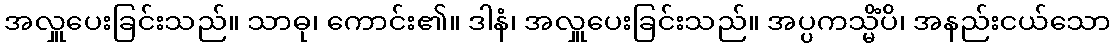
အလှူပေးခြင်းသည်။ သာဓု၊ ကောင်း၏။ ဒါနံ၊ အလှူပေးခြင်းသည်။ အပ္ပကသ္မိံပိ၊ အနည်းငယ်သော